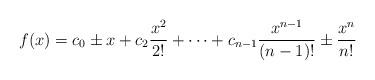
LaTeX: \begin{align*}f(x)=c_0 \pm x+c_2\frac{x^2}{2!}+\dots + c_{n-1}\frac{x^{n-1}}{(n-1)!}\pm \frac{x^n}{n!}\end{align*}